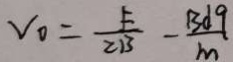
v _ { 0 } = \frac { F } { 2 B } - \frac { B d 9 } { m }